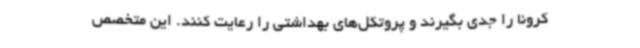
کرونا را جدی بگیرند و پروتکل‌های بهداشتی را رعایت کنند. این متخصص